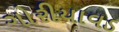
ગોરીયાવડ